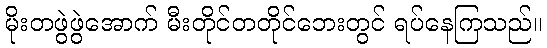
မိုးတဖွဲဖွဲအောက် မီးတိုင်တတိုင်ဘေးတွင် ရပ်နေကြသည်။